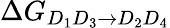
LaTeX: \Delta G_{D_{1}D_{3}\rightarrow D_{2}D_{4}}